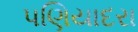
પણિયાદરા